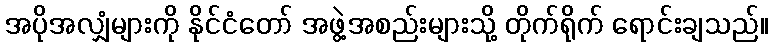
အပိုအလျှံများကို နိုင်ငံတော် အဖွဲ့အစည်းများသို့ တိုက်ရိုက် ရောင်းချသည်။